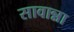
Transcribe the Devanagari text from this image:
सावान्ना